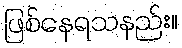
ဖြစ်နေရသနည်း။